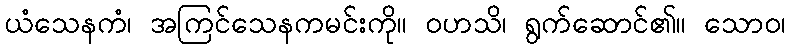
ယံသေနကံ၊ အကြင်သေနကမင်းကို။ ဝဟသိ၊ ရွက်ဆောင်၏။ သောဝ၊